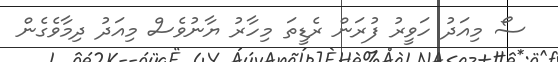
ސޯ މިއަދު ހަވީރު ފުރަން ރެޑީތަ މިހާރު ޔާނުވެސް މިއަދު ދިމާވެގެން